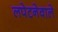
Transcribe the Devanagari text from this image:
लपेटनेवाले